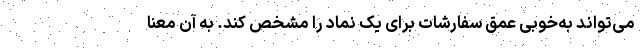
می‌تواند به‌‌خوبی عمق سفارشات برای یک نماد را مشخص کند. به آن معنا